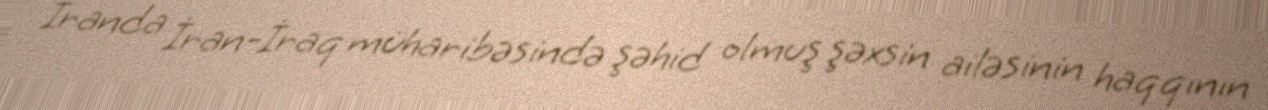
İranda İran-İraq müharibəsində şəhid olmuş şəxsin ailəsinin haqqının